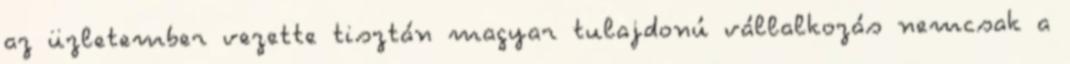
az üzletember vezette tisztán magyar tulajdonú vállalkozás nemcsak a